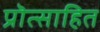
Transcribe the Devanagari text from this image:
प्रॊत्साहित